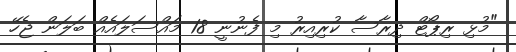
"މުޅި ރިޕޯޓް ދިރާސާ ކުރިއިރު މި ފެނުނީ 18 މައްސަލައެއް ބަލަން ޖެހޭ